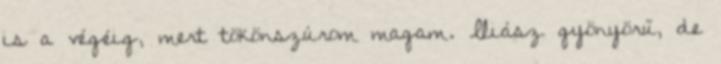
is a végéig, mert tökönszúrom magam. Iliász gyönyörű, de